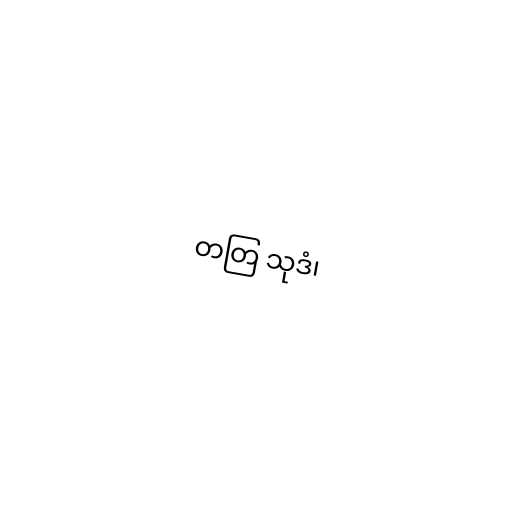
တတြ သုဒံ၊